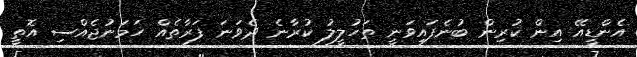
އެންޑީއޭ އިން ކުރިން ބުނެފައިވަނީ ތަހުލީލު ކުރާނެ ދެވަނަ ފަރާތެއް ހަމަނުޖެއްސި އޮތީ